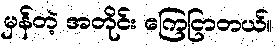
မှန်တဲ့ အတိုင်း ကြေငြာတယ်။